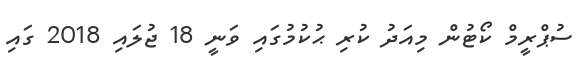
ސުޕްރީމް ކޯޓުން މިއަދު ކުރި ޙުކުމުގައި ވަނީ 18 ޖުލައި 2018 ގައި